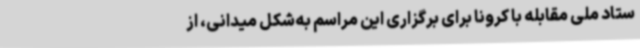
ستاد ملی مقابله با کرونا برای برگزاری این مراسم به‌شکل میدانی، از